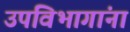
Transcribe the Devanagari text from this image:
उपविभागांना